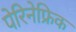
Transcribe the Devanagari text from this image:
पेरिनेफ्रिक